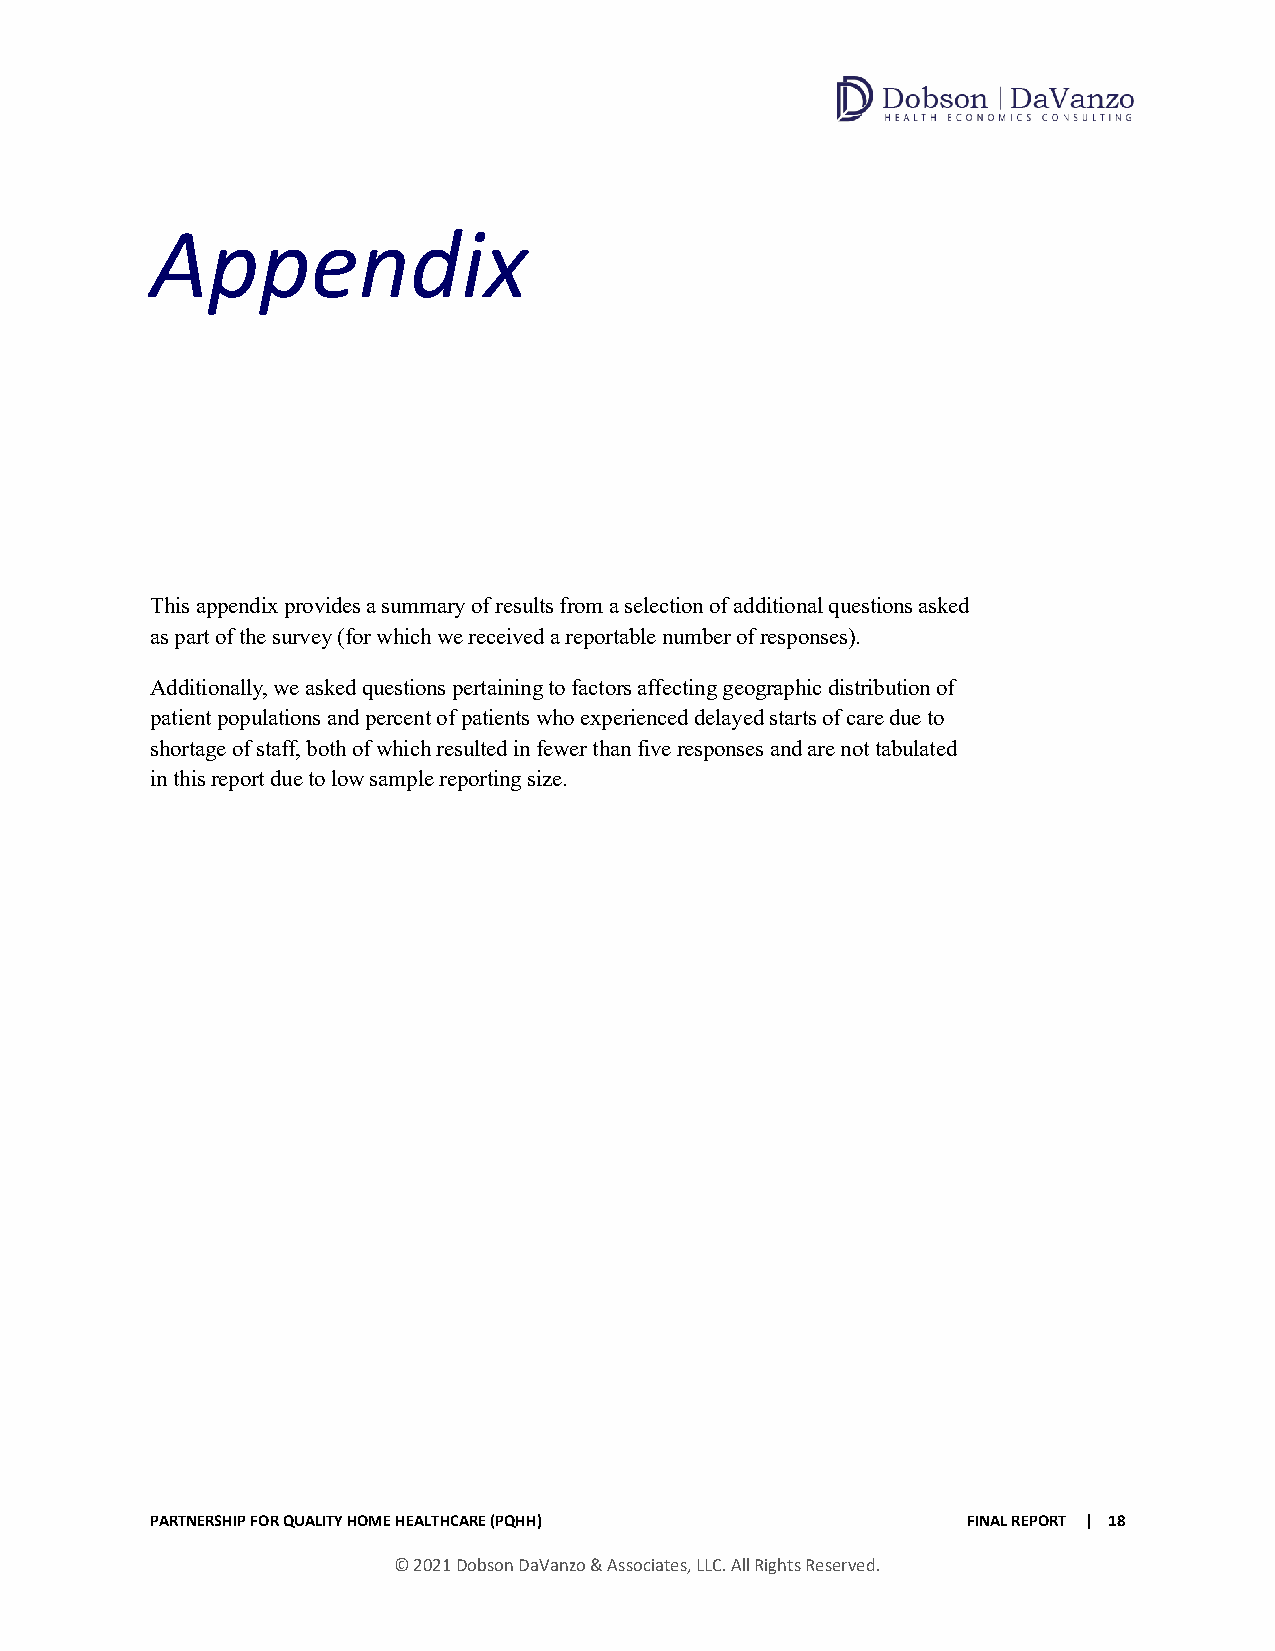
Appendix
 This appendix provides a summary of results from a selection of additional questions asked
 as part of the survey (for which we received a reportable number of responses).
 Additionally, we asked questions pertaining to factors affecting geographic distribution of
 patient populations and percent of patients who experienced delayed starts of care due to
 shortage of staff, both of which resulted in fewer than five responses and are not tabulated
 in this report due to low sample reporting size.
 PARTNERSHIP FOR QUALITY HOME HEALTHCARE (PQHH)        FINAL REPORT | 18
 © 2021 Dobson DaVanzo & Associates, LLC. All Rights Reserved.